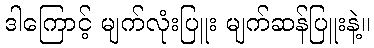
ဒါကြောင့် မျက်လုံးပြူး မျက်ဆန်ပြူးနဲ့။